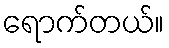
ရောက်တယ်။